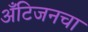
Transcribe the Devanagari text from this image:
अँटिजनचा